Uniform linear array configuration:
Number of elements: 16
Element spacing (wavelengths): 0.25
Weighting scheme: hamming
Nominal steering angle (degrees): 45
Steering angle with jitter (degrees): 43.289
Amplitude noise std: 0.05
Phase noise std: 0.05

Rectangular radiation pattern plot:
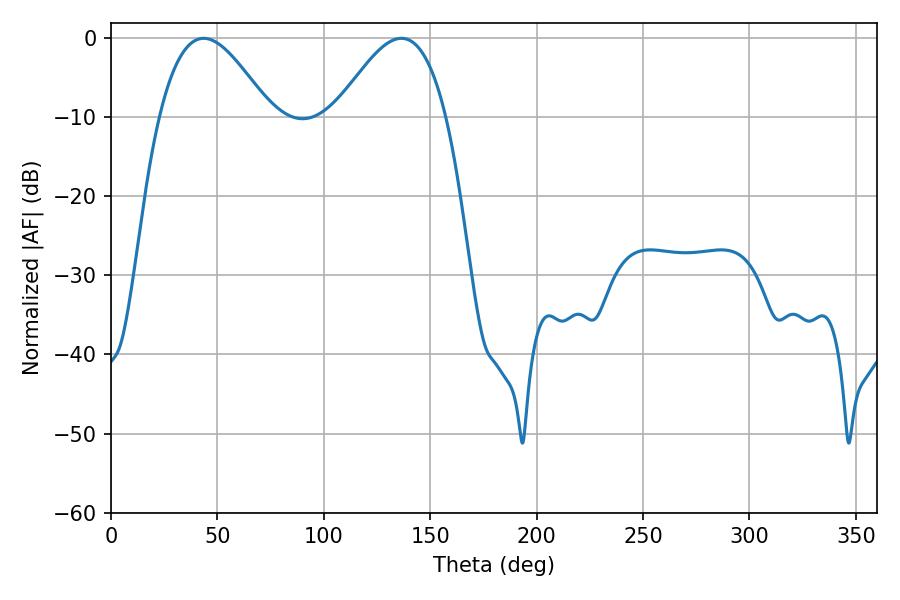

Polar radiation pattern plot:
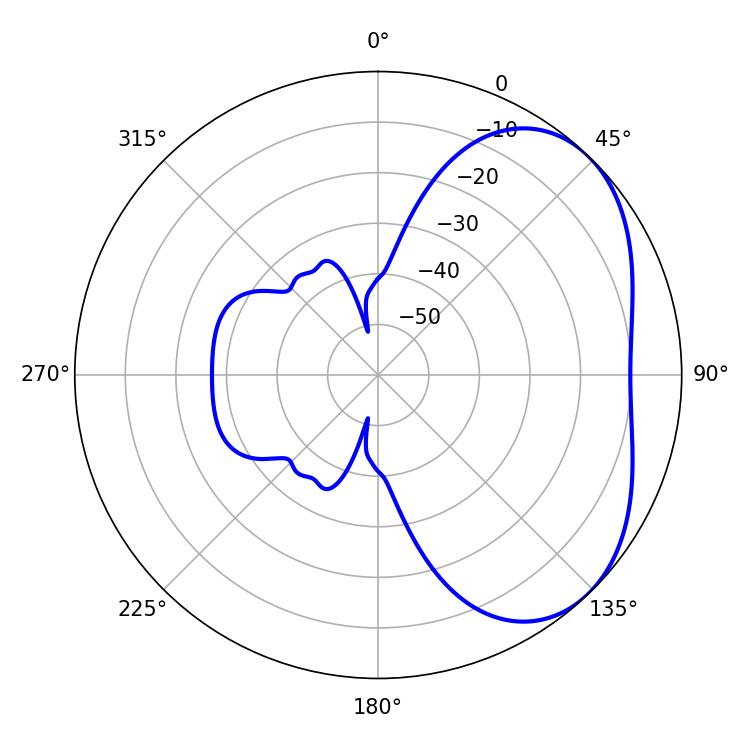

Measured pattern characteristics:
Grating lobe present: FALSE
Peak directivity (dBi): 3.977
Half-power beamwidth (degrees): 28.08
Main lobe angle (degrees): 43.56